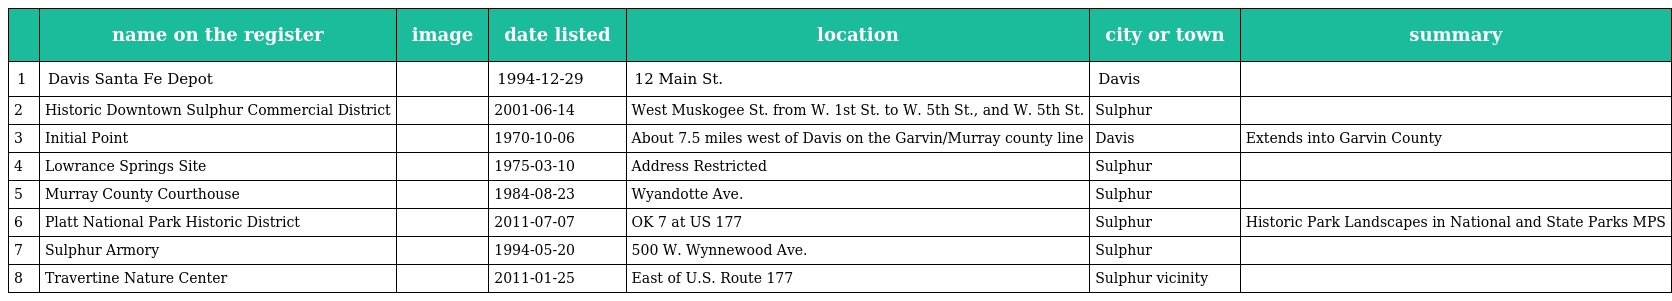
|  | name on the register | image | date listed | location | city or town | summary |
 | --- | --- | --- | --- | --- | --- | --- |
 | 1 | Davis Santa Fe Depot |  | 1994-12-29 | 12 Main St. | Davis |  |
 | 2 | Historic Downtown Sulphur Commercial District |  | 2001-06-14 | West Muskogee St. from W. 1st St. to W. 5th St., and W. 5th St. | Sulphur |  |
 | 3 | Initial Point |  | 1970-10-06 | About 7.5 miles west of Davis on the Garvin/Murray county line | Davis | Extends into Garvin County |
 | 4 | Lowrance Springs Site |  | 1975-03-10 | Address Restricted | Sulphur |  |
 | 5 | Murray County Courthouse |  | 1984-08-23 | Wyandotte Ave. | Sulphur |  |
 | 6 | Platt National Park Historic District |  | 2011-07-07 | OK 7 at US 177 | Sulphur | Historic Park Landscapes in National and State Parks MPS |
 | 7 | Sulphur Armory |  | 1994-05-20 | 500 W. Wynnewood Ave. | Sulphur |  |
 | 8 | Travertine Nature Center |  | 2011-01-25 | East of U.S. Route 177 | Sulphur vicinity |  |